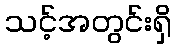
သင့်အတွင်းရှိ